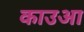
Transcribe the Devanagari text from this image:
काउआ